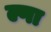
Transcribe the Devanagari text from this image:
ल्गा